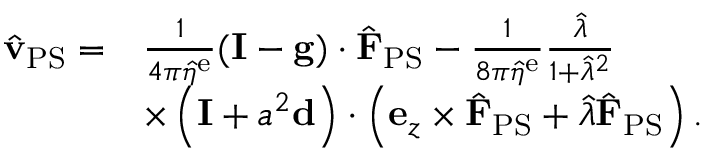
\begin{array} { r l } { \hat { \mathbf { v } } _ { \mathrm { P S } } = } & { \frac { 1 } { 4 \pi \hat { \eta } ^ { \mathrm { e } } } ( \mathbf { I } - \mathbf { g } ) \cdot \hat { \mathbf { F } } _ { \mathrm { P S } } - \frac { 1 } { 8 \pi \hat { \eta } ^ { \mathrm { e } } } \frac { \hat { \lambda } } { 1 + \hat { \lambda } ^ { 2 } } } \\ & { \times \left( \mathbf { I } + a ^ { 2 } \mathbf { d } \right) \cdot \left( \mathbf { e } _ { z } \times \hat { \mathbf { F } } _ { \mathrm { P S } } + \hat { \lambda } \hat { \mathbf { F } } _ { \mathrm { P S } } \right) . } \end{array}